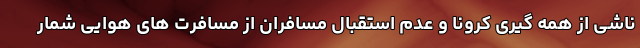
ناشی از همه گیری کرونا و عدم استقبال مسافران از مسافرت های هوایی شمار